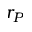
r _ { P }